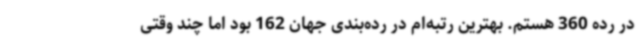
در رده 360 هستم. بهترین رتبه‌ام در رده‌بندی جهان 162 بود اما چند وقتی